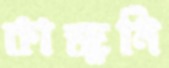
কাজুনি